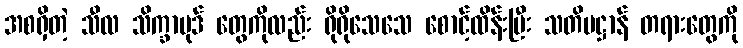
အစရှိတဲ့ သီလ သိက္ခာပုဒ် တွေကိုလည်း ရိုရိုသေသေ စောင့်ထိန်းပြီး သတိပဋ္ဌာန် တရားတွေကို